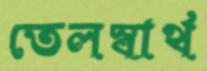
তেলস্বার্থ